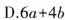
D.$$ 6 a + 4 b$$